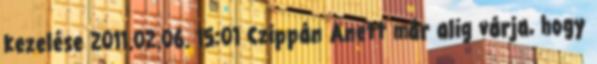
kezelése 2011.02.06. 15:01 Czippán Anett már alig várja, hogy